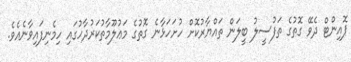
ޕޮއިންޓް ދެވޭ ގޮތުގެ ތަފުސީލު ބީލަން ތައްޔާރުކޮށް ހުށަހަޅާނެ ގޮތުގެ މަޢުލޫމާތުކަރުދާހުގައި ހިމެނިފައިވާނެއެވެ.